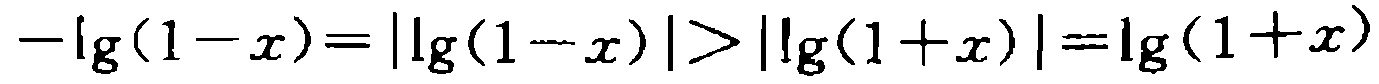
\(-\lg(1 - x)=|\lg(1 - x)|>|\lg(1 + x)|=\lg(1 + x)\)